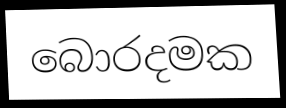
බොරදමක